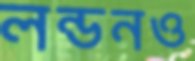
লন্ডনও